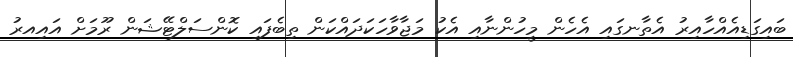
ބައިގަޑިއެއްހާއިރު އެތާނގައި އެހެން މީހުންނާއި އެކު މަޖާވާހަކަދައްކަން ތިބެފައި ކޮންސަލްޓޭޝަން ރޫމަށް އައިއރު